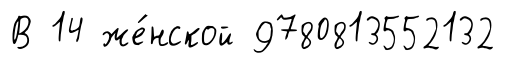
В 14 же́нской 9780813552132